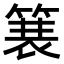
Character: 𫞽